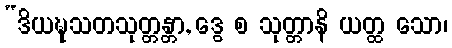
“ဒိယဍ္ဎသတသုတ္တန္တာ, ဒွေ စ သုတ္တာနိ ယတ္ထ သော၊